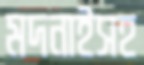
মদনাইসহ